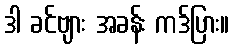
ဒါ ခင်ဗျား အခန်း ကဒ်ပြား။